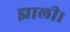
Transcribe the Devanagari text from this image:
झाली।